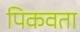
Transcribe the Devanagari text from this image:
पिकवता